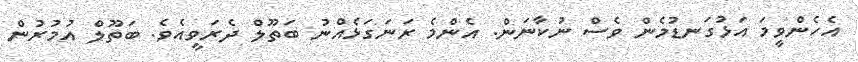
އެހެންވީމަ އަޅުގަނޑުމެން ވެސް ނުކާނަން. އެންމެ ރަނަގަޅެއްނު ބަތޫލް ދެރަވީއެވެ. ބަތޫލް އުމުރުން